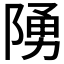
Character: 𨺳